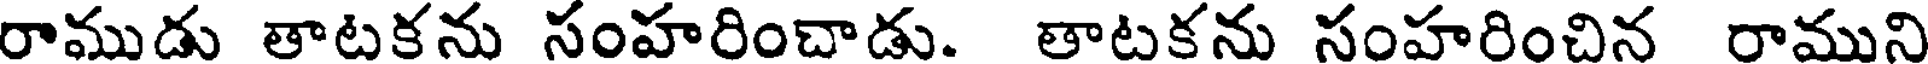
రాముడు తాటకను సంహరించాడు. తాటకను సంహరించిన రాముని